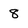
Character: 8